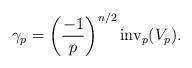
LaTeX: \begin{align*}\gamma_p= \left(\frac{-1}{p} \right)^{n/2} \mathrm{inv}_p(V_p).\end{align*}